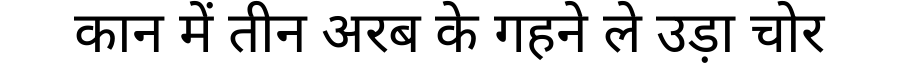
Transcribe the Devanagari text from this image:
कान में तीन अरब के गहने ले उड़ा चोर